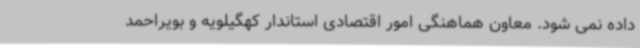
داده نمی شود. معاون هماهنگی امور اقتصادی استاندار کهگیلویه و بویراحمد